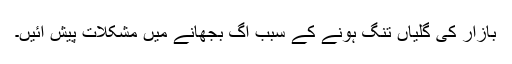
بازار کی گلیاں تنگ ہونے کے سبب آگ بجھانے میں مشکلات پیش آئیں۔